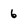
Character: 6